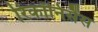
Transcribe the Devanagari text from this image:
रिकॉनिसैंस